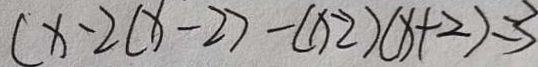
( x - 2 ( x - 2 ) - ( x - 2 ) ( x + 2 ) = 3